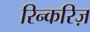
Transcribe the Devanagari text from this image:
रिन्करिज़